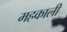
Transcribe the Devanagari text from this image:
महकाली